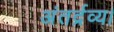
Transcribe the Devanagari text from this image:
अंतर्द्रव्य।